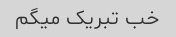
خب تبریک میگم